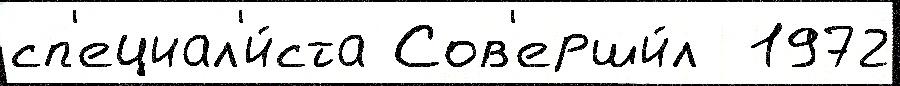
сп'ециал'и́ста Сов'ерши́л  1972